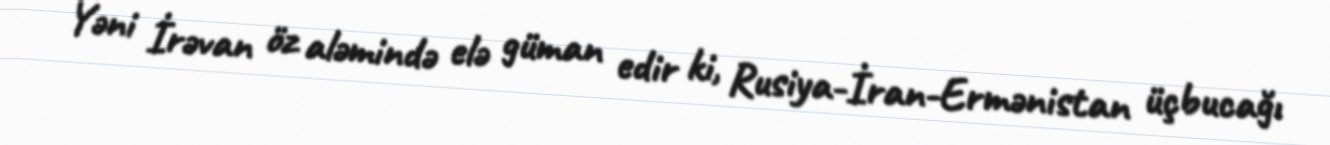
Yəni İrəvan öz aləmində elə güman edir ki, Rusiya-İran-Ermənistan üçbucağı